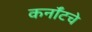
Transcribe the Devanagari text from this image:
कर्नॉटचे